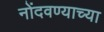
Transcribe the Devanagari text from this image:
नोंदवण्याच्या